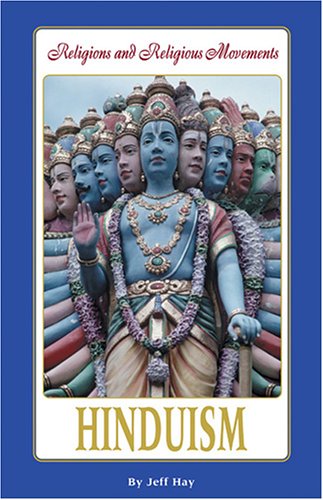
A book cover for Hinduism (Religions and Religious Movements); Jeff Hay; Teen & Young Adult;